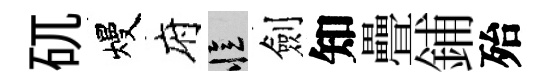
矹熳府忆劍知疊鋪殆